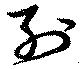
列